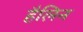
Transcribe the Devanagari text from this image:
हैलिन